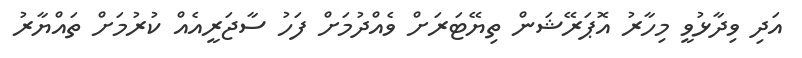
އަދި ވިދާޅުވީ މިހާރު އޮޕަރޭޝަން ތިޔޭޓަރަށް ވެއްދުމަށް ފަހު ސާޖަރީއެއް ކުރުމަށް ތައްޔާރު